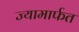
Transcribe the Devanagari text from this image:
ज्यामार्फत